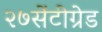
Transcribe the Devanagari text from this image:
२७सेंटीग्रेड